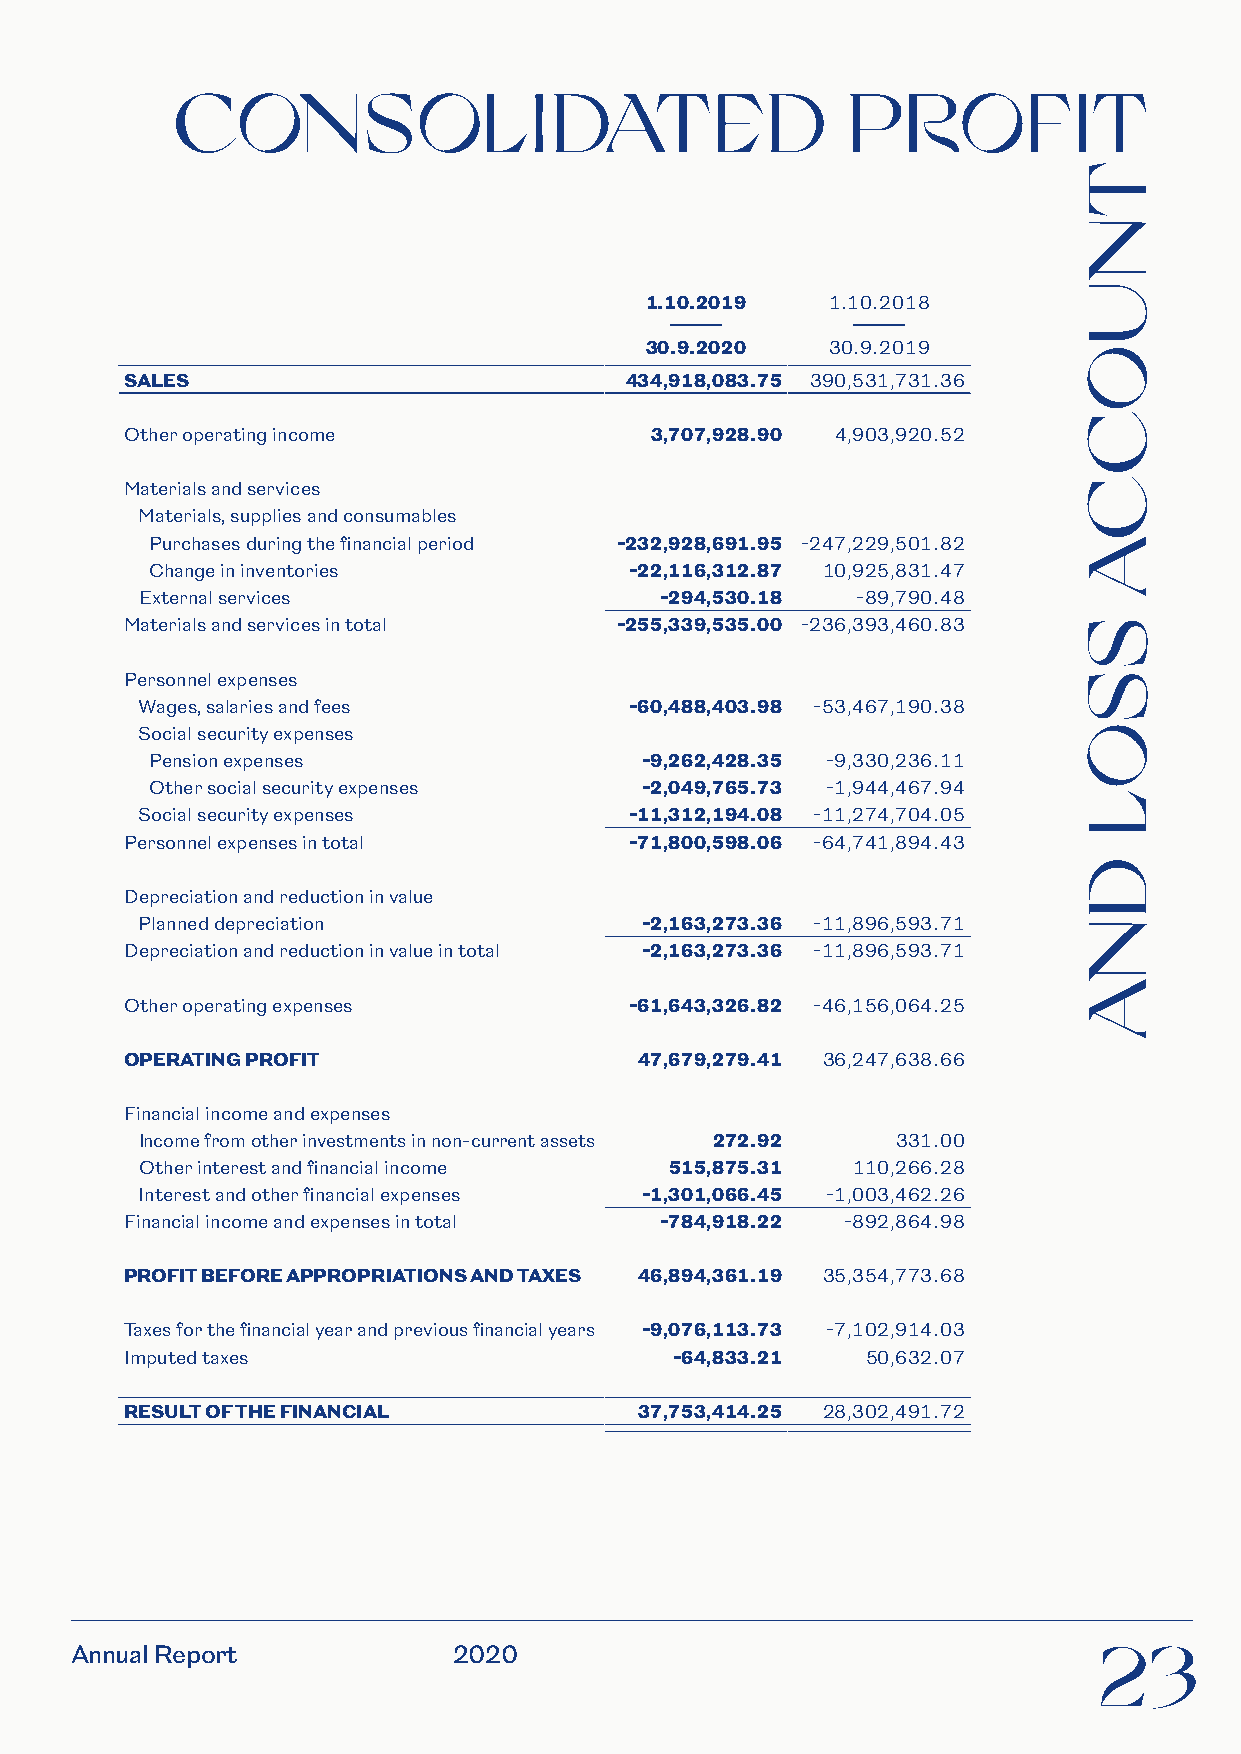
CONSOL                 IDATED               PROFIT
 1.10.2019   1.10.2018
 –           –
 30.9.2020   30.9.2019
 SALES                            434,918,083.75 390,531,731.36
 Other operating income             3,707,928.90 4,903,920.52
 Materials and services
 Materials, supplies and consumables
 Purchases during the financial period -232,928,691.95 -247,229,501.82
 Change in inventories           -22,116,312.87 10,925,831.47
 External services                  -294,530.18  -89,790.48
 Materials and services in total  -255,339,535.00 -236,393,460.83
 Personnel expenses
 Wages, salaries and fees         -60,488,403.98 -53,467,190.38
 Social security expenses
 Pension expenses                -9,262,428.35 -9,330,236.11
 Other social security expenses  -2,049,765.73 -1,944,467.94
 Social security expenses         -11,312,194.08 -11,274,704.05
 Personnel expenses in total       -71,800,598.06 -64,741,894.43
 Depreciation and reduction in value
 Planned depreciation             -2,163,273.36 -11,896,593.71
 Depreciation and reduction in value in total -2,163,273.36 -11,896,593.71
 Other operating expenses          -61,643,326.82 -46,156,064.25
 OPERATING PROFIT                  47,679,279.41 36,247,638.66
 Financial income and expenses
 Income from other investments in non-current assets 272.92 331.00
 Other interest and financial income 515,875.31 110,266.28
 Interest and other financial expenses -1,301,066.45 -1,003,462.26
 Financial income and expenses in total -784,918.22 -892,864.98
 PROFIT BEFORE APPROPRIATIONS AND TAXES 46,894,361.19 35,354,773.68
 Taxes for the financial year and previous financial years -9,076,113.73 -7,102,914.03
 Imputed taxes                        -64,833.21  50,632.07
 RESULT OF THE FINANCIAL           37,753,414.25 28,302,491.72
 Annual Report            2020                                       23
 TNUOCCA
 SSOL
 DNA